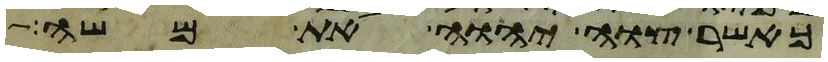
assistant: כאשר צוה יהוה את משה